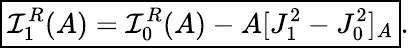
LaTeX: \boxed{\mathcal{I}_{1}^{R}(A)=\mathcal{I}_{0}^{R}(A)-A[J_{1}^{2}-J_{0}^{2}]_{A}}.